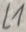
Text: L1